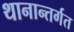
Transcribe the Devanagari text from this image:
थानान्तर्गत